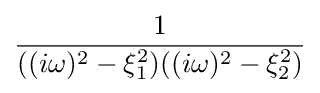
{\frac {1}{((i\omega )^{2}-\xi _{1}^{2})((i\omega )^{2}-\xi _{2}^{2})}}